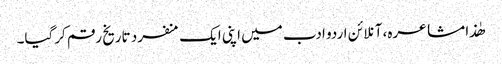
ھٰذا مشاعرہ، آنلائن اردو ادب میں اپنی ایک منفرد تاریخ رقم کرگیا۔